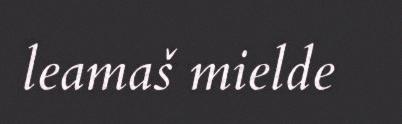
leamaš mielde